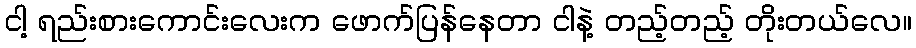
ငါ့ ရည်းစားကောင်းလေးက ဖောက်ပြန်နေတာ ငါနဲ့ တည့်တည့် တိုးတယ်လေ။